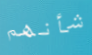
شأنهم